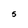
Character: 5